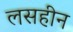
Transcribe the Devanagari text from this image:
लसहीन